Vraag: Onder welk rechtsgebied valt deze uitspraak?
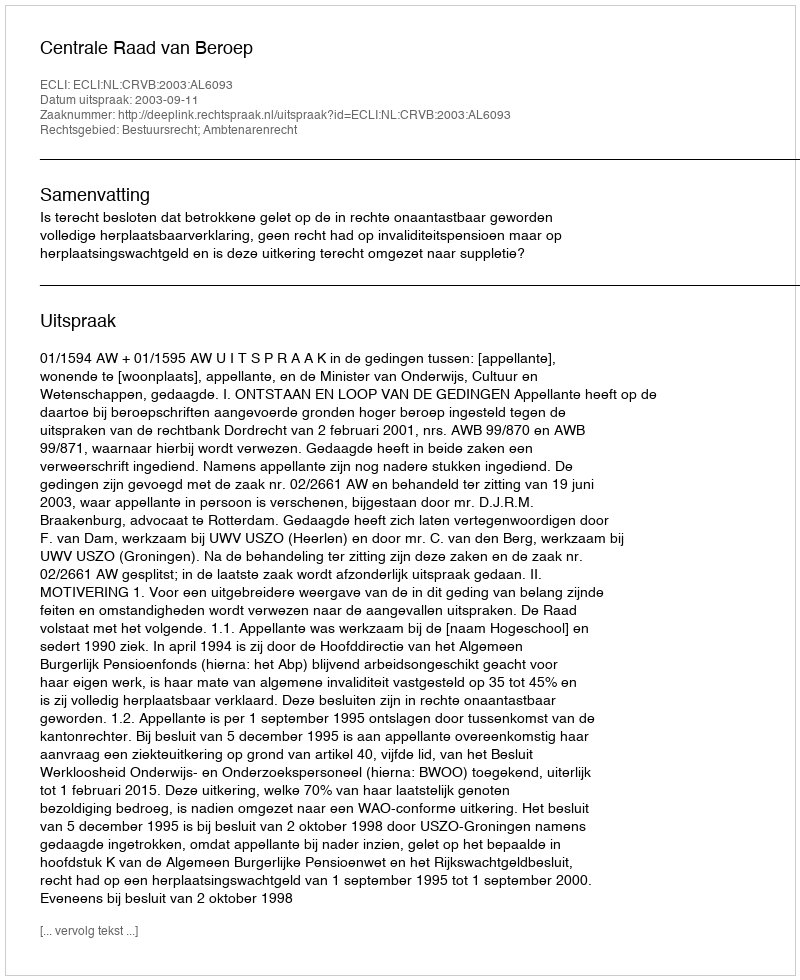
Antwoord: Bestuursrecht; Ambtenarenrecht